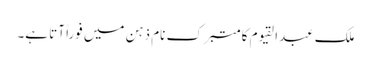
ملک عبدالقیوم کا متبرک نام ذہن میں فوراً آتا ہے۔